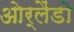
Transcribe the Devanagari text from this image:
ओर्लैंडो